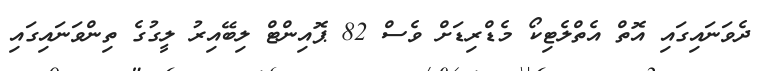
ދެވަނައިގައި އޮތް އެތްލެޓިކޯ މެޑްރިޑަށް ވެސް 82 ޕޮއިންޓް ލިބޭއިރު ލީގުގެ ތިންވަނައިގައި